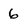
Character: 6